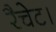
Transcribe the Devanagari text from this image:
रैचेट।